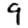
Digit: 9